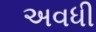
અવધી